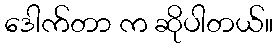
ဒေါက်တာ က ဆိုပါတယ်။